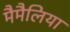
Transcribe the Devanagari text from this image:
मैमैलिया